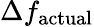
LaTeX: \Delta f_{\mathrm{actual}}